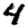
Digit: 4